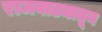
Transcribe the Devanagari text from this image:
राजवाड्यातून